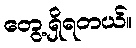
တွေ့ရှိရတယ်။